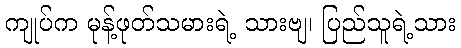
ကျုပ်က မုန့်ဖုတ်သမားရဲ့ သားဗျ၊ ပြည်သူရဲ့သား